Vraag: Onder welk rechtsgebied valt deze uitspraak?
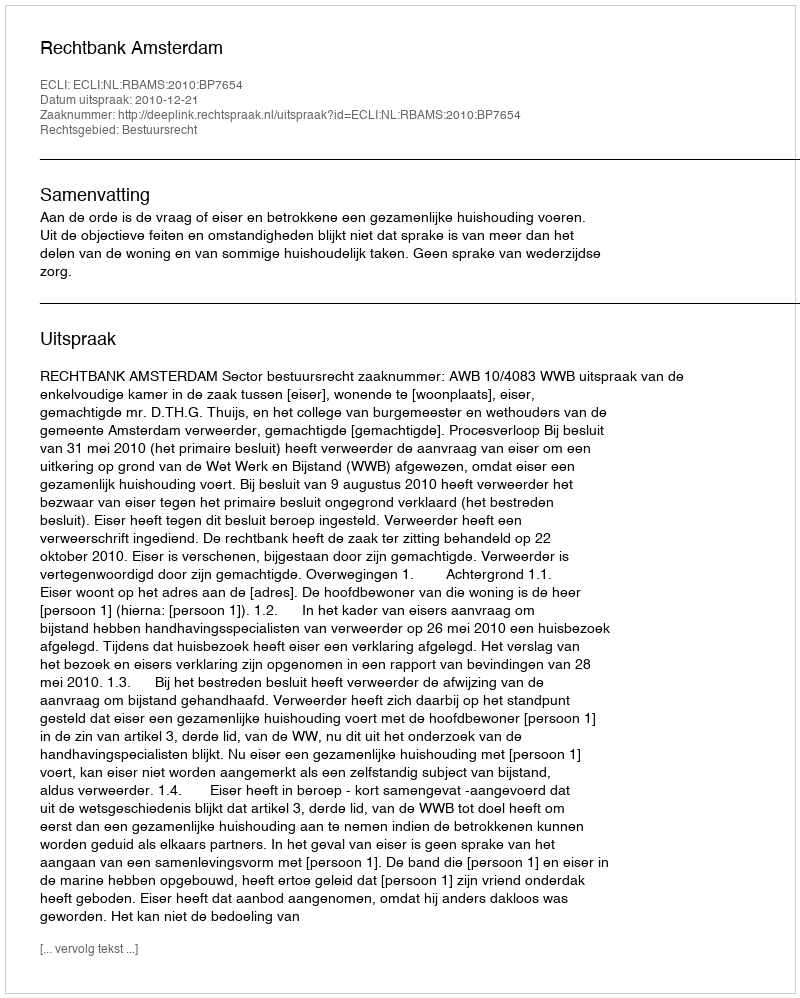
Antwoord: Bestuursrecht